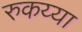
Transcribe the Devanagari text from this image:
रुकय्या